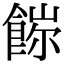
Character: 𩜖